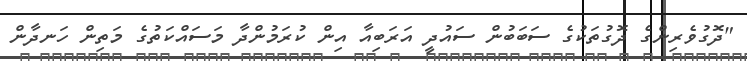
"ދޮގުވެރިންގެ ދޮގުތަކުގެ ސަބަބުން ސައުދީ އަރަބިއާ އިން ކުރަމުންދާ މަސައްކަތުގެ މަތިން ހަނދާން